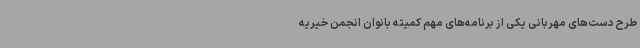
طرح دست‌های مهربانی یکی از برنامه‌های مهم کمیته بانوان انجمن خیریه